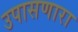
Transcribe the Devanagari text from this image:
उपासणारा